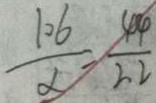
\frac { 1 0 6 } { x } = \frac { 4 4 } { 2 2 }